system: You are a helpful assistant.
user:
Analyze the provided spectrum to determine if it is a **White Dwarf (WD)**.

A White Dwarf spectrum is defined by its **extreme purity** (due to gravitational settling) and/or **extreme pressure broadening** (due to high surface gravity). You must check for one of the following mutually exclusive signatures:

- **Key Visual Indicators (Check for ONE of these types):**

    - **1. DA-Type Signature (Most Common):**
        - **(Primary Feature):** Extreme pressure broadening (Stark broadening) of the **Hydrogen (H) Balmer lines**.
        - **(Key Lines):** $H\beta$ (approx. $4861$ Å) and $H\gamma$ (approx. $4340$ Å). $H\alpha$ (approx. $6563$ Å) will also be present if the wavelength range covers it.
        - **(Line Profile):** This is the **defining feature**. The lines are **NOT** sharp. They appear as massive, **extremely broad and deep "troughs" or "dips"** in the spectrum, often hundreds of Ångströms wide. The continuum will appear to "scoop" down at these wavelengths.
        - **(Distinction):** Normal A-type or B-type stars have *narrow* and *sharp* Hydrogen lines. A DA White Dwarf's lines are unmistakably "smeared" or "blurry" from pressure.

    - **2. DB-Type Signature:**
        - **(Primary Feature):** Broad absorption lines from **Neutral Helium (He I)**. The spectrum must lack any visible Hydrogen lines.
        - **(Key Lines):** Look for broad absorption near $4471$ Å, $4921$ Å, and $5876$ Å.
        - **(Line Profile):** These lines are also significantly pressure-broadened, appearing much wider than they would in a normal B-type main-sequence star.

    - **3. DC-Type Signature:**
        - **(Primary Feature):** A **featureless continuous spectrum**.
        - **(Line Profile):** The spectrum is a smooth curve with **no significant absorption or emission lines**.
        - **(Key Confirmation):** The continuum is almost always **blue or white**, indicating a hot object. This signature implies the atmosphere is so pure (or so cool) that no spectral lines are visible in the optical range. Its WD identity is confirmed by its extremely low intrinsic brightness (high absolute magnitude).

    - **4. DZ-Type Signature (Metal-Polluted):**
        - **(Primary Feature):** **Isolated, narrow metal absorption lines** on an otherwise featureless (DC-like) continuum.
        - **(Key Lines):** The **Calcium (Ca II) H & K doublet** (approx. **$3934$ Å** and **$3968$ Å**) is the most common and defining feature.
        - **(Line Profile):** These lines are "out of place." They are *not* part of a "forest" of thousands of lines. This signature is evidence of recent *accretion* (pollution) from rocky debris.
        - **(Distinction):** Normal G/K/M stars have a *dense forest* of thousands of metal lines. A DZ has a *clean* continuum with *only a few* strong metal lines.

    - **5. DQ-Type Signature (Carbon-Polluted):**
        - **(Primary Feature):** Absorption bands from **Carbon (C₂ "Swan Bands" or atomic C I)**.
        - **(Key Lines - C₂):** Look for bandheads with a "saw-tooth" shape near $5635$ Å, **$5165$ Å** (strongest), and $4737$ Å.
        - **(Key Confirmation):** The underlying **continuum must be blue or white** (hot).
        - **(Distinction):** This is the critical difference from a **Carbon Star**, which has the *exact same* C₂ bands but on an extremely **red, cool** continuum.

- **(Overall Spectrum):**
    - The continuum (overall shape) is typically **blue-sloping** (brighter in the blue than the red), as most white dwarfs are very hot.
    - The spectrum will look "pure" or "simple," dominated by only *one* of the five signatures listed above.

Think first, call **spectral_visualization_tool** if needed to examine features in detail, then provide your final answer. Your response must adhere to the following strict rules:
1.  **Overall Structure:** Your response must follow the format `<think>...</think> <tool_call>...</tool_call> (if a tool is used) <answer>...</answer>`.
2.  **Tool Usage Constraint:** You may only make **one** tool call per turn.
3.  **Final Answer Format:** In the `<answer>` tag, your conclusion must be inside a `\boxed{}` command (e.g., `\boxed{YES}` or `\boxed{NO}`), followed by your justification.

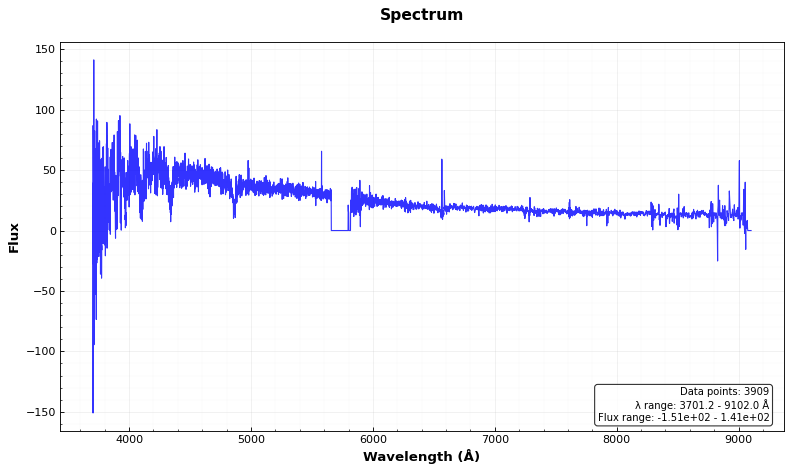
Answer: NO